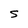
Character: S